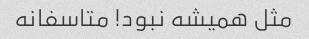
مثل همیشه نبود! متاسفانه